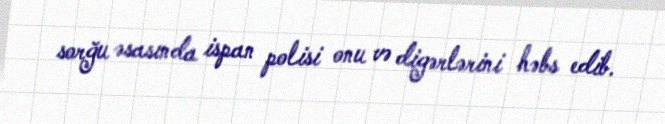
sorğu əsasında ispan polisi onu və digərlərini həbs edib.